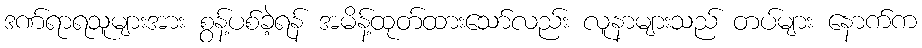
ဒဏ်ရာရသူများအား စွန့်ပစ်ခဲ့ရန် အမိန့်ထုတ်ထားသော်လည်း လူနာများသည် တပ်များ နောက်က